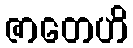
ဇာတေဟိ